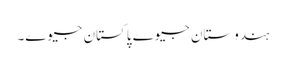
ہندوستان جیوے پاکستان جیوے۔